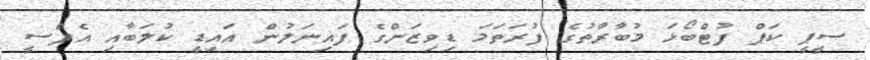
ސީޕީ ކަޕް ފުޓްބޯޅަ މުބާރާތުގެ ފުރަތަމަ ޑިވިޒަންގެ ފައިނަލުން އައިޑީ ކުލަބާއި އެފްސީ